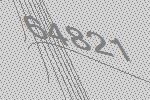
64821